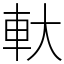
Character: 軑